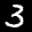
Digit: 3